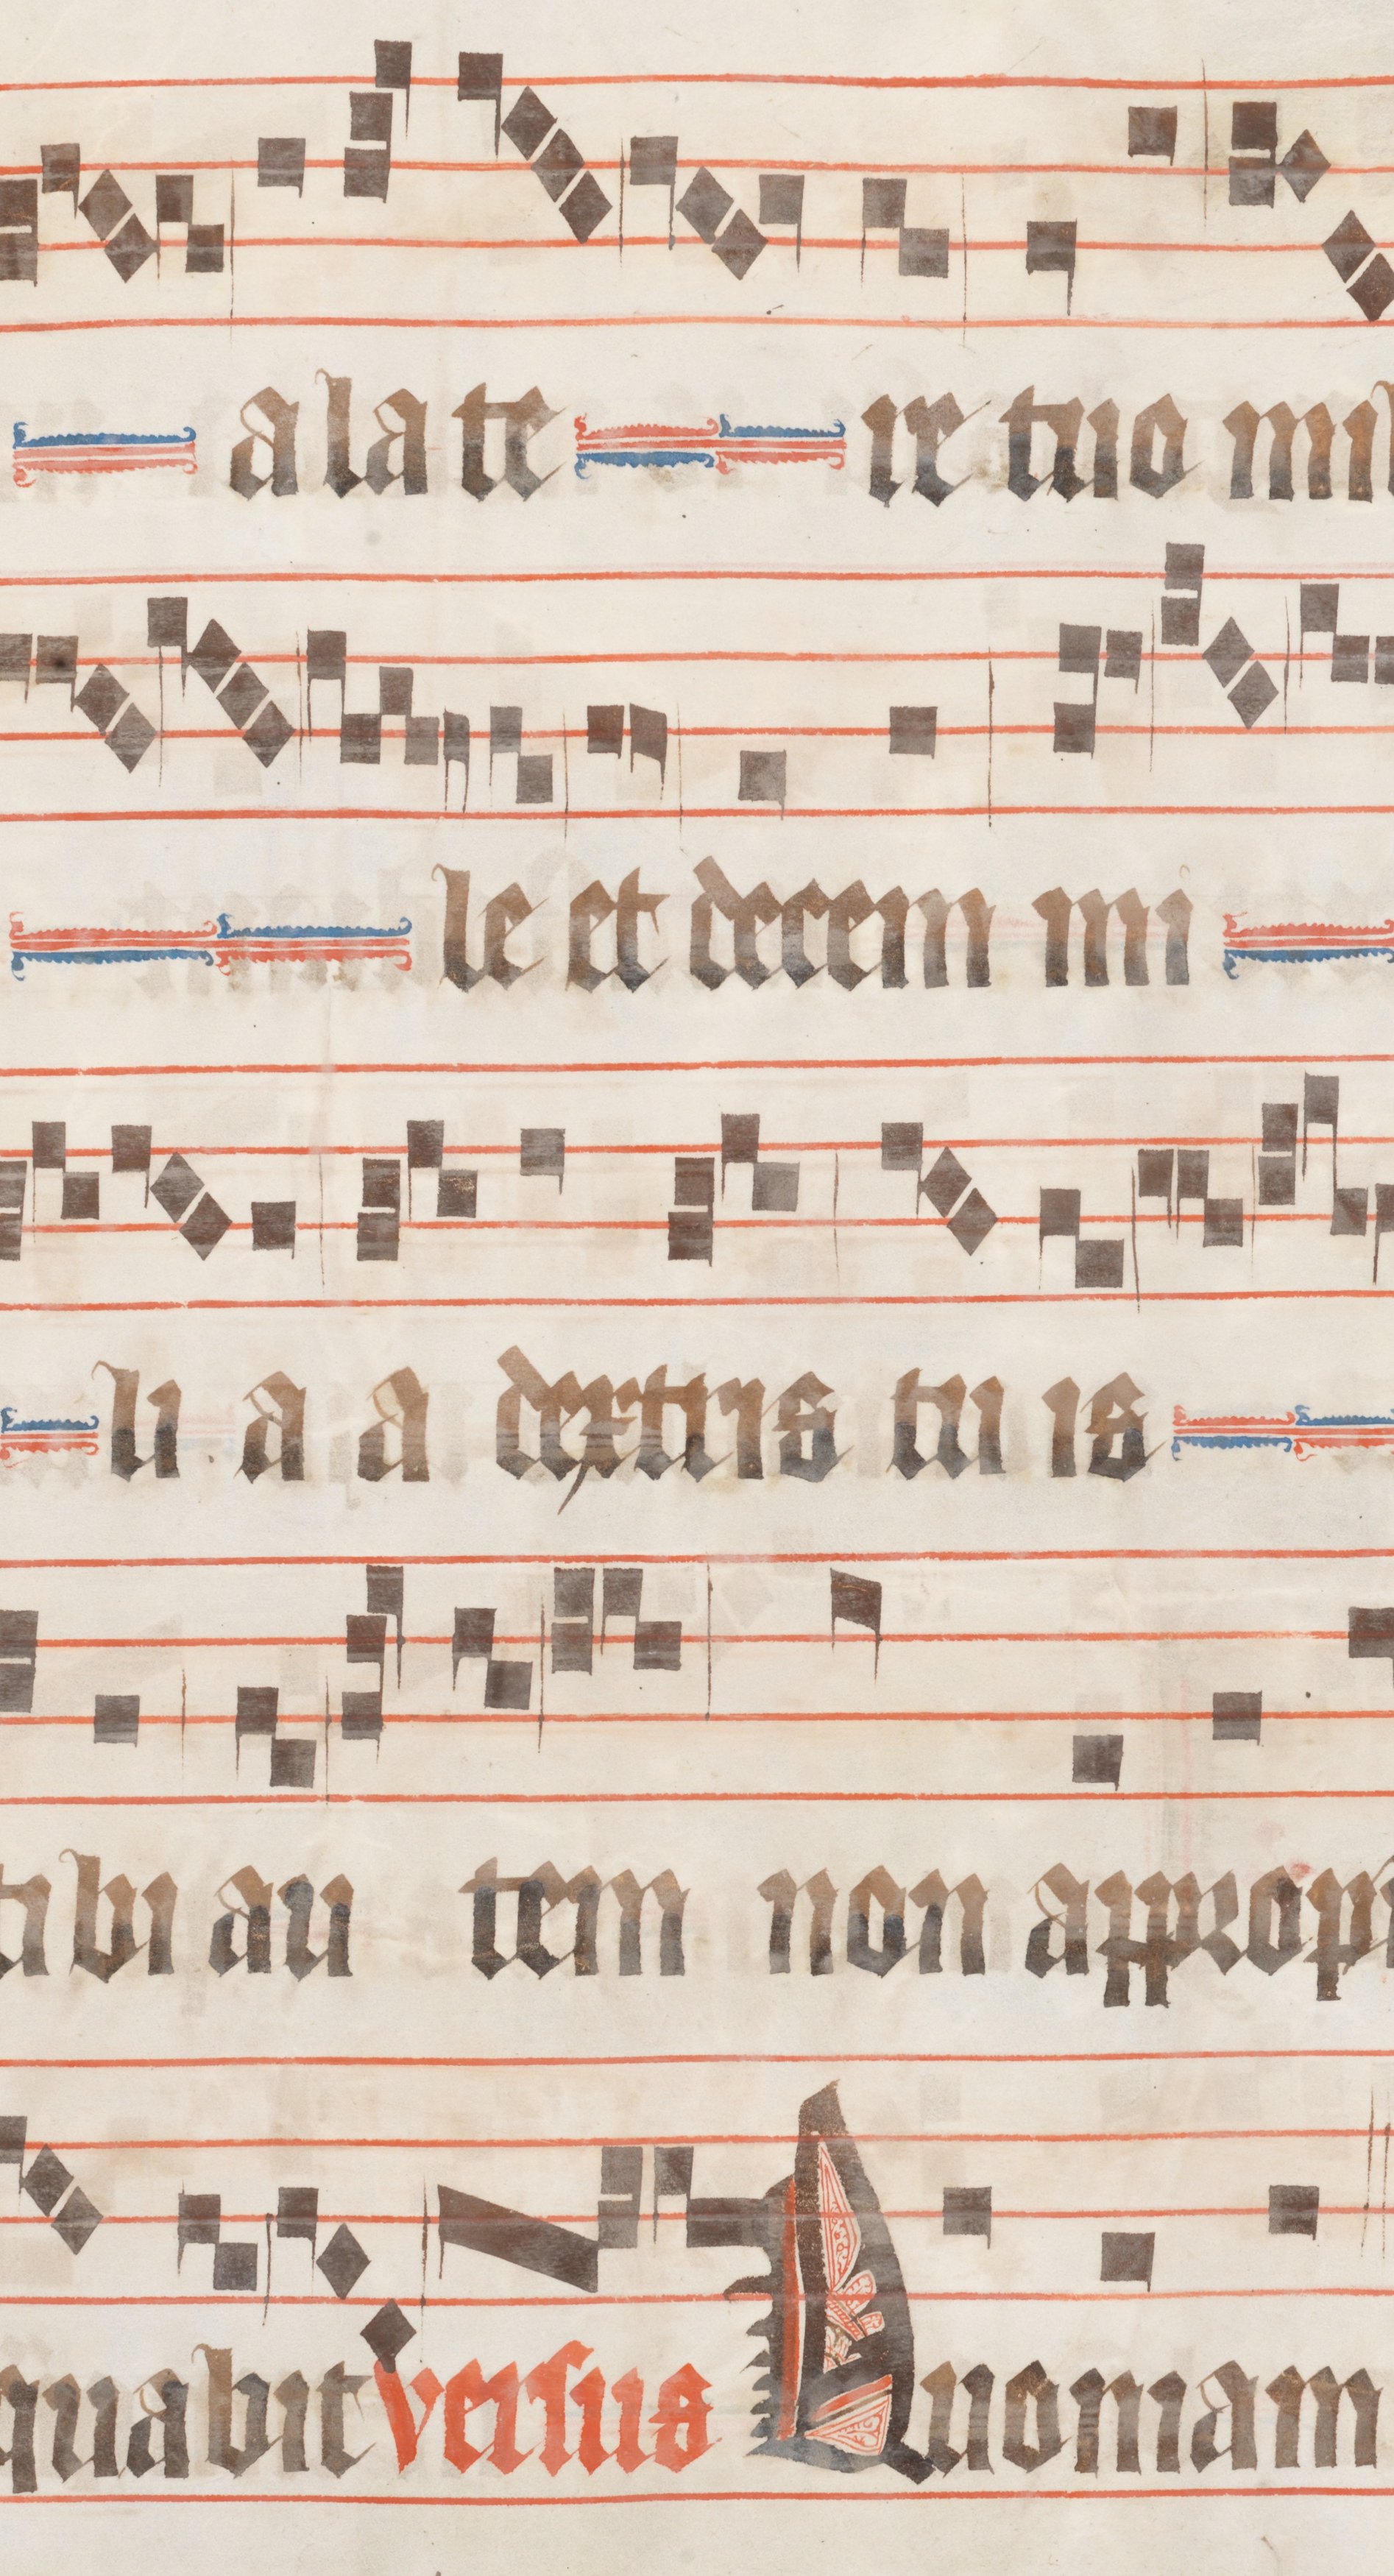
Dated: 1330–1335